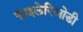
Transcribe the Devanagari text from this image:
फाइलेरिओडी